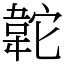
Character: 䪑